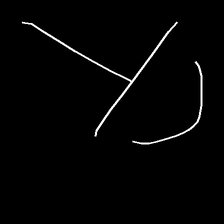
Glyph: dispersion